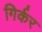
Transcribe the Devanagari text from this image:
गिर्कर